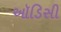
ઑડિસી